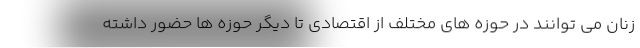
زنان می توانند در حوزه های مختلف از اقتصادی تا دیگر حوزه ها حضور داشته